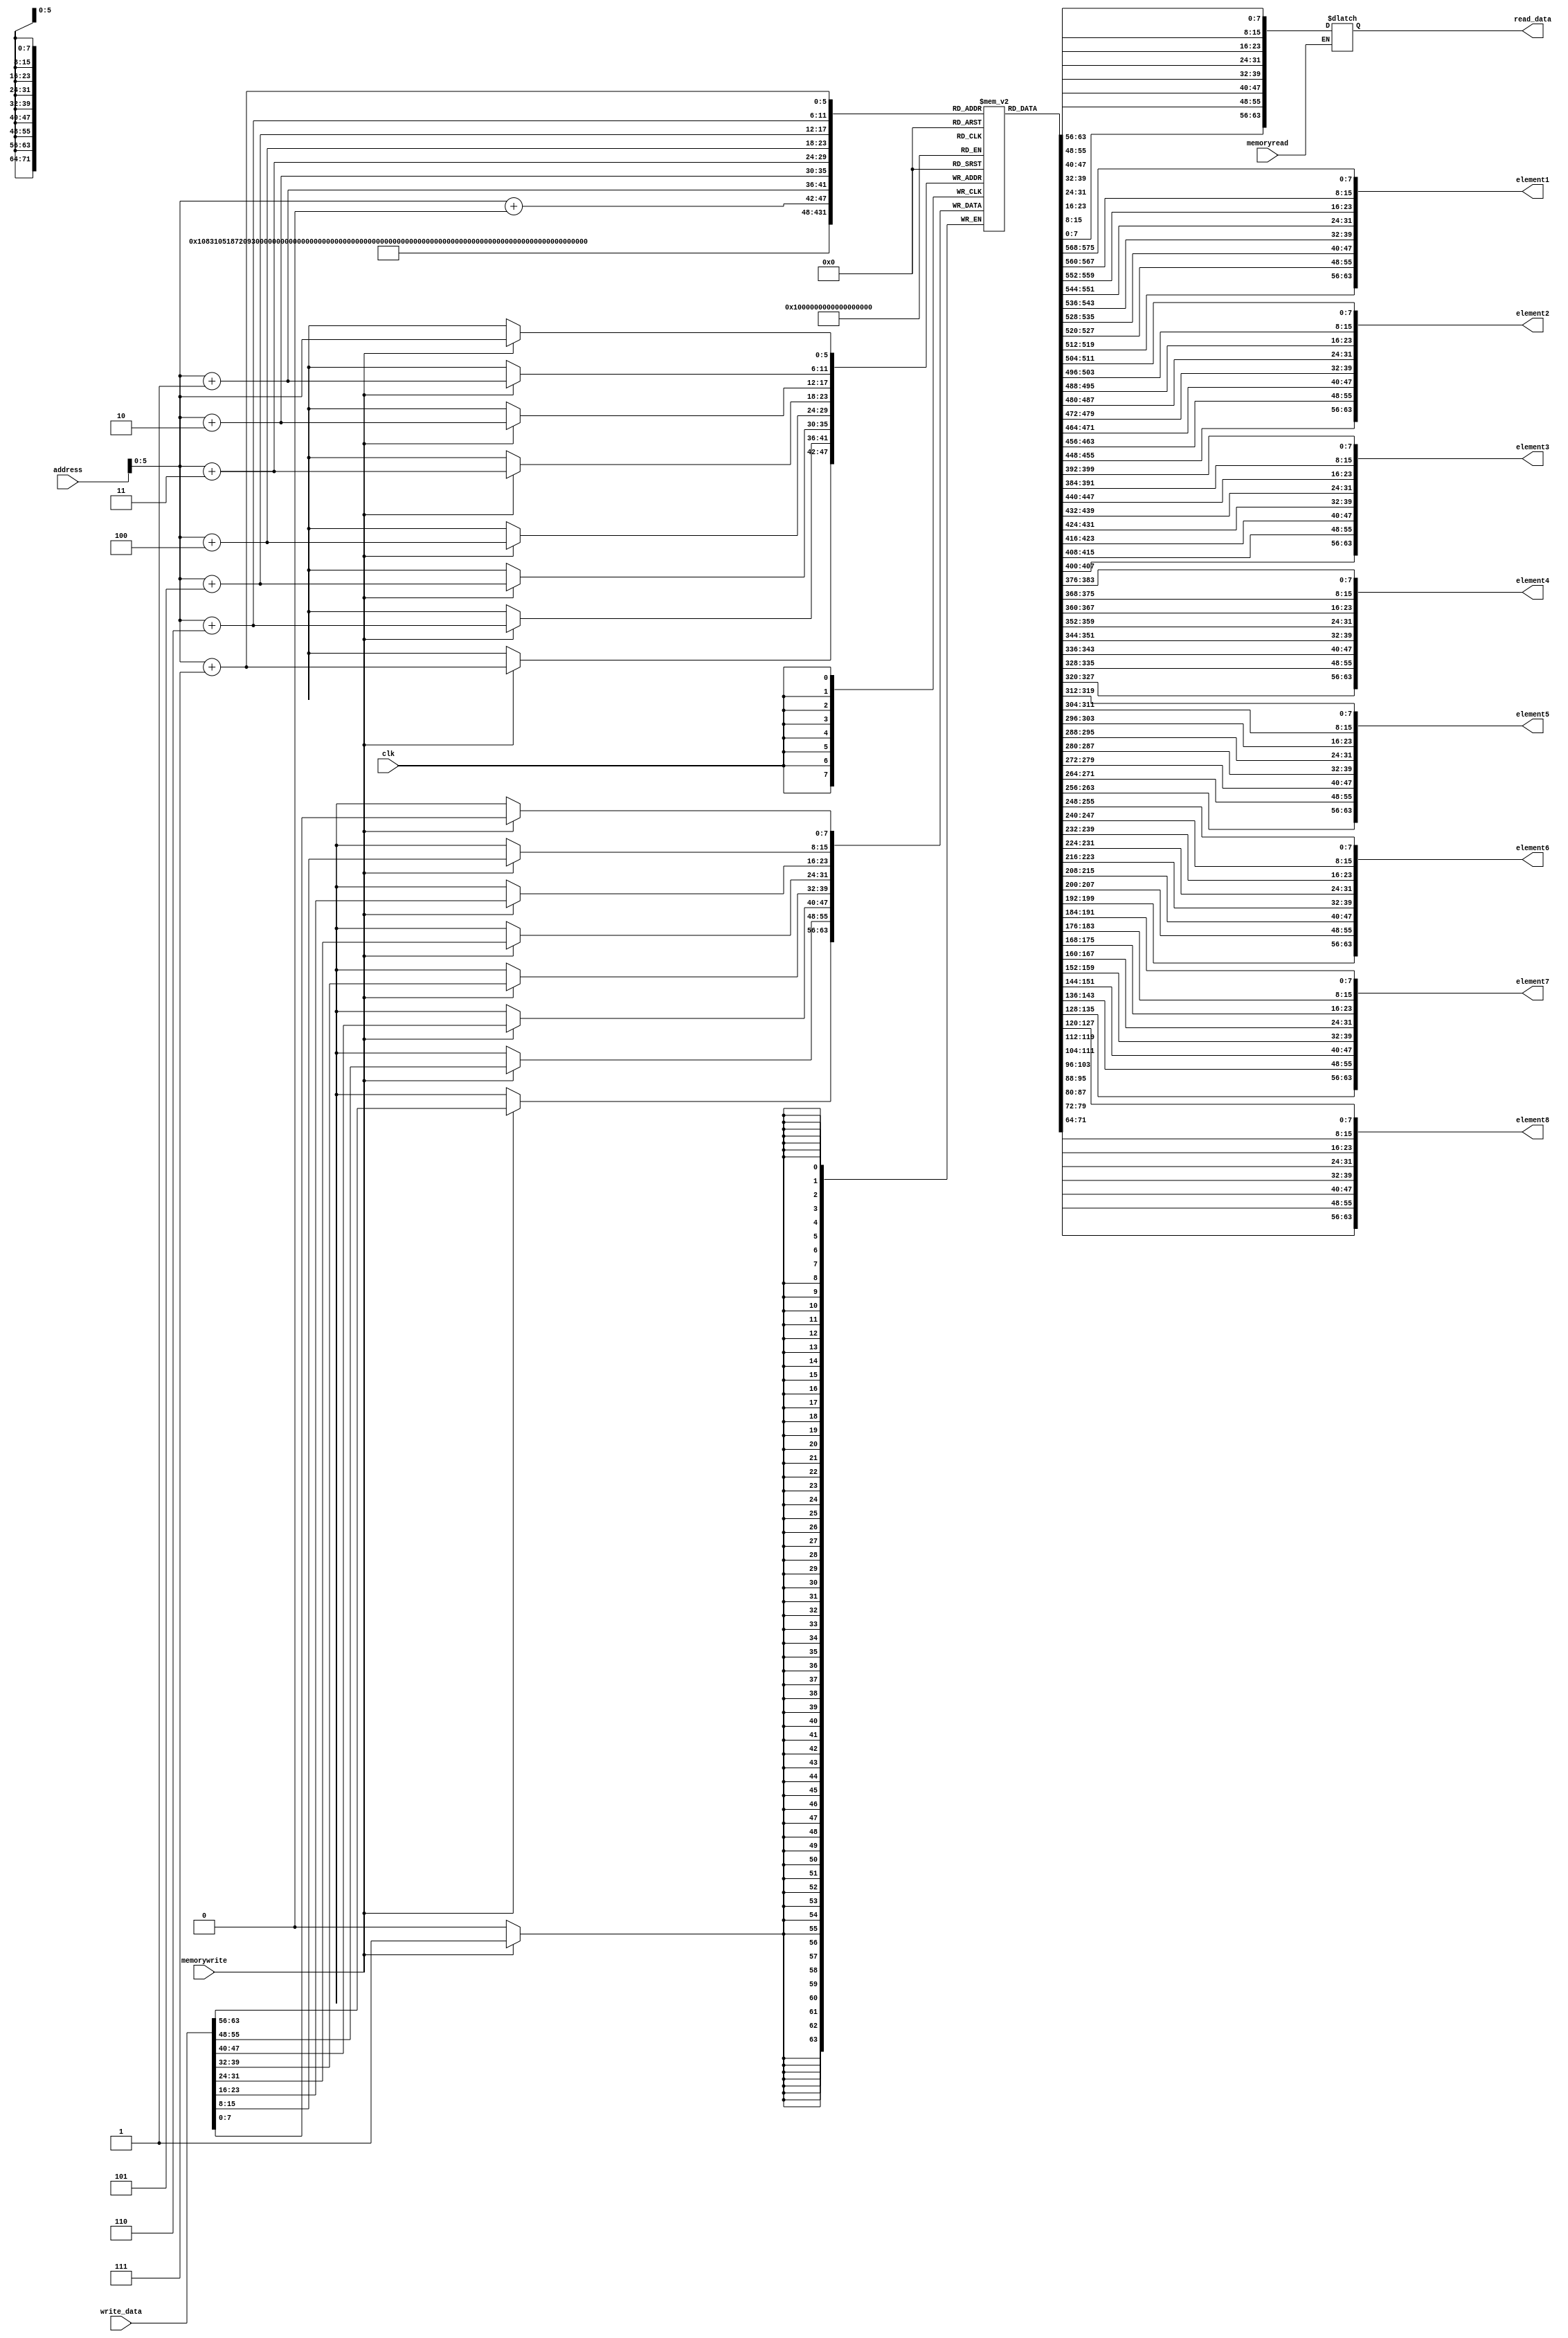

module data_memory
  (input [63:0] write_data,
   input [63:0] address,
   input memorywrite, clk,memoryread,
   output reg [63:0] read_data,
  output [63:0] element1,
  output [63:0] element2,
  output [63:0] element3,
  output [63:0] element4,
  output [63:0] element5,
  output [63:0] element6,
  output [63:0] element7,
  output [63:0] element8);
  
  reg [7:0] mem [63:0]; //memory array
  integer i;
  initial
    begin
      for (i=0; i<64; i=i+1)
        begin
          mem[i] = 0;
    
        end
      mem[0] = 8'd1;
      mem[8] = 8'd2;
      mem[16] = 8'd3;
      mem[24] = 8'd4;
      mem[32] = 8'd5;
      mem[40] = 8'd6;
      mem[48] = 8'd7;
      mem[56] = 8'd8;
    end
  
  
  assign element1 = {mem[7],mem[6],mem[5],mem[4],mem[3],mem[2],mem[1],mem[0]};
  assign element2 = {mem[15],mem[14],mem[13],mem[12],mem[11],mem[10],mem[9],mem[8]};
  assign element3 = {mem[23],mem[22],mem[21],mem[20],mem[19],mem[18],mem[17],mem[16]};
  assign element4 = {mem[31],mem[30],mem[29],mem[28],mem[27],mem[26],mem[25],mem[24]};
  assign element5 = {mem[39],mem[38],mem[37],mem[36],mem[35],mem[34],mem[33],mem[32]};
  assign element6 = {mem[47],mem[46],mem[45],mem[44],mem[43],mem[42],mem[41],mem[40]};
  assign element7 = {mem[55],mem[54],mem[53],mem[52],mem[51],mem[50],mem[49],mem[48]};
  assign element8 = {mem[63],mem[62],mem[61],mem[60],mem[59],mem[58],mem[57],mem[56]};
  
  always @ (*)
    begin
      if (memoryread)
        begin
          read_data[7:0] = mem[address+0];
          read_data[15:8] = mem[address+1];
          read_data[23:16] = mem[address+2];
          read_data[31:24] = mem[address+3];
          read_data[39:32] = mem[address+4];
          read_data[47:40] = mem[address+5];
          read_data[55:48] = mem[address+6];
          read_data[63:56] = mem[address+7];
        end
    end
  always @(posedge clk)
    begin
      if (memorywrite)
        begin
          mem[address] = write_data[7:0];
          mem[address+1] = write_data[15:8];
          mem[address+2] = write_data[23:16];
          mem[address+3] = write_data[31:24];
          mem[address+4] = write_data[39:32];
          mem[address+5] = write_data[47:40];
          mem[address+6] = write_data[55:48];
          mem[address+7] = write_data[63:56];
        end
    end
endmodule